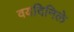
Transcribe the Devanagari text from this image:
वयदिनिले